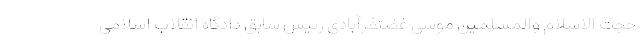
حجت الاسلام والمسلمین موسی غضنفرآبادی رئیس سابق دادگاه انقلاب اسلامی